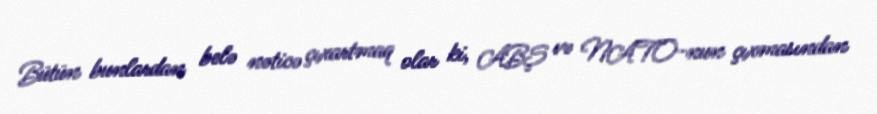
Bütün bunlardan belə nəticə çıxartmaq olar ki, ABŞ və NATO-nun çıxmasından